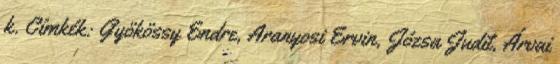
k. Címkék: Gyökössy Endre, Aranyosi Ervin, Józsa Judit, Árvai